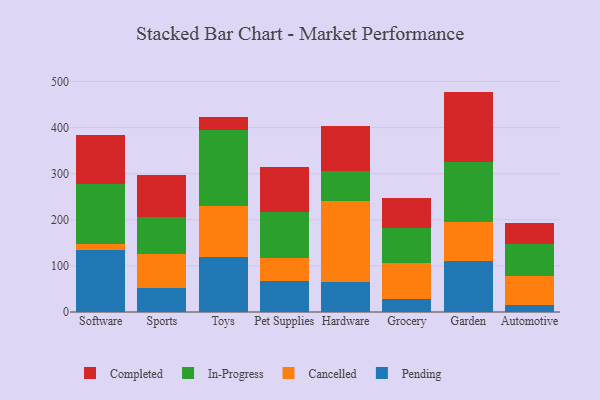
{"axis": {"x": "Category", "y": "Waste Production (Tons)"}, "legend": ["Cancelled", "Completed", "In-Progress", "Pending"], "data": [{"x": "Software", "y": 133.7, "type": "Pending"}, {"x": "Software", "y": 14.1, "type": "Cancelled"}, {"x": "Software", "y": 129.6, "type": "In-Progress"}, {"x": "Software", "y": 105.7, "type": "Completed"}, {"x": "Sports", "y": 53.0, "type": "Pending"}, {"x": "Sports", "y": 72.5, "type": "Cancelled"}, {"x": "Sports", "y": 79.9, "type": "In-Progress"}, {"x": "Sports", "y": 92.8, "type": "Completed"}, {"x": "Toys", "y": 118.8, "type": "Pending"}, {"x": "Toys", "y": 110.8, "type": "Cancelled"}, {"x": "Toys", "y": 165.2, "type": "In-Progress"}, {"x": "Toys", "y": 28.1, "type": "Completed"}, {"x": "Pet Supplies", "y": 67.6, "type": "Pending"}, {"x": "Pet Supplies", "y": 49.8, "type": "Cancelled"}, {"x": "Pet Supplies", "y": 100.0, "type": "In-Progress"}, {"x": "Pet Supplies", "y": 97.5, "type": "Completed"}, {"x": "Hardware", "y": 65.8, "type": "Pending"}, {"x": "Hardware", "y": 175.2, "type": "Cancelled"}, {"x": "Hardware", "y": 64.8, "type": "In-Progress"}, {"x": "Hardware", "y": 97.7, "type": "Completed"}, {"x": "Grocery", "y": 28.6, "type": "Pending"}, {"x": "Grocery", "y": 78.6, "type": "Cancelled"}, {"x": "Grocery", "y": 74.3, "type": "In-Progress"}, {"x": "Grocery", "y": 64.8, "type": "Completed"}, {"x": "Garden", "y": 110.6, "type": "Pending"}, {"x": "Garden", "y": 85.2, "type": "Cancelled"}, {"x": "Garden", "y": 128.9, "type": "In-Progress"}, {"x": "Garden", "y": 153.4, "type": "Completed"}, {"x": "Automotive", "y": 15.5, "type": "Pending"}, {"x": "Automotive", "y": 62.8, "type": "Cancelled"}, {"x": "Automotive", "y": 70.1, "type": "In-Progress"}, {"x": "Automotive", "y": 44.4, "type": "Completed"}]}